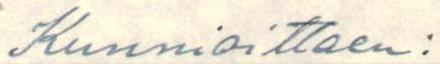
Kunnioittaen: